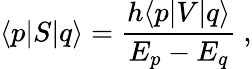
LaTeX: \langle p|S|q\rangle=\frac{h\langle p|V|q\rangle}{E_{p}-E_{q}}\ ,